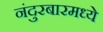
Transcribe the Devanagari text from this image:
नंदुरबारमध्ये